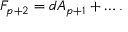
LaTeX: F _ { p + 2 } = d A _ { p + 1 } + \ldots .